Leaving Certificate Examination, 1912
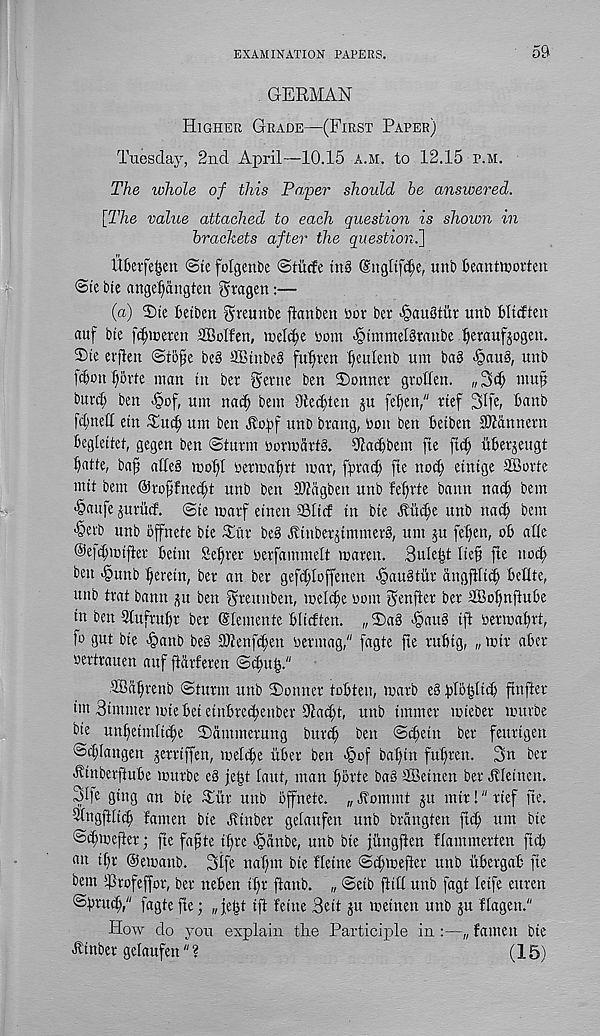
EXAMINATION PAPERS.
59-
GERMAN
Higher Grade—(First Paper)
Tuesday, 2nd April—10.15 a.m. to 12.15 p.m.
The whole of this Paper should be answered.
[The value attached to each question is shown in
brackets after the question.^
Ufcetfe&en @te folgente Stiicfe ins (Sngltfd;e, uni) Deantiuoften
<3tc bie ange^dngten ^ragen:—
(a) ©te fietbcn ^reunbe ftanben bov bcv >§au3tur unb Bltrften
auf bte
SBoIfen, luelf^e bom -§tmmel§tanbe Graufjogeu.
®te evflen @tofe bc§ SBinbeS fufyten f)eulenb um ba§ <§au§, unb
[ebon fiovte man in ber gevne ben Conner grotlen. „3d; mup
burd; ben ^of, um narf) bem Ole^ten ju fefjett," rtef 3Ife r banb
fd;nett etn Tint) um ben Jvopf unb btang, bon ben betben SMnnetn
begleitet, gegen ben 'Sturm bormdrG. diacbbem fte ftct; iiberjeugt
batte, bafi atteS niof)[ bermafn't mar, fprad) fte nod; etntge SBorte
mtt bem @robfned;t unb ben SJldgben unb fef)rte bann nad) bem
>§aufe juritcf. Ste marf einen ©ticf tn bte ttud;e unb na<b bem
■Serb unb ofnete bte Tur be§ tttnber^tmmerS, um ju fet)en, ob atle
@e|d;mtjter betm 8eper berfammelt maren. Bule^t liefi fte nod;
ben «§unb beretn, ber an ber gefd;Ioffenen <§au§titr dngjlftcb beUte,
unb trat bann p ben Queunben, melcbe worn Softer ber aBofmftube
in ben 3tufrubr ber (Stemente btidten. „2)a3 >§attS ift oermat;rt,
fo gut bte <§anb be§ 31tenfd;en bermag," fagte fte rubtg, „ mtr aber
oertrauen auf ftdrferen Sdytiy"
ffid^renb Sturm unb So niter tobten, marb es bfobltd) ftnfter
un Simmer mte bet etnbredjenber 9iadjt, unb tmmcr mteber mttrbe
bie un[;eim[i^e Sdmmerung burcf) ben Scfjetn ber feurtgett
( 3d;langen jerriffen, mettle itber ben >§of bat;in fubren. 3n ber
ttinberftube murbe e§ je|t taut, man f)brte ba§ dBeinen ber ^teincn.
3d e ging an bte Tur unb bffnete. „ tt'ommt jit mir!" rief fte.
-tngfttid) famen bie Htnber getanfen unb brdngten ftib um bte
St|mefter; fte fa^te ttfre ■igdnbe, unb bie jungfien ftammerten ftd;
mt ibr ©emattb. 3ife naf;m bte Heine Sd;mefter tutb ubergab fie
bem Trofeffor, ber neben tt;r ftanb. „ Setb ftitt unb fagt teife ettrett
@bructi," fagte fte; „ jeG ift feine Sett git meinen unb gu ftagen."
How do you explain tlie Participle in :—„ famen bie
Hinber getaufen" ?
(15)